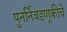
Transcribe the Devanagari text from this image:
पुनर्निवडणूकीचे